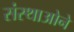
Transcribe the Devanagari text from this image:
संस्थाओने